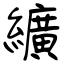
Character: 纊